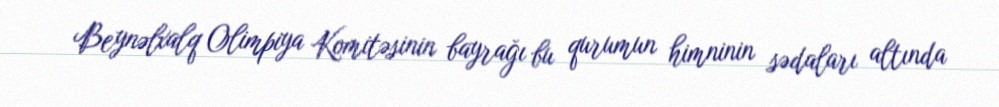
Beynəlxalq Olimpiya Komitəsinin bayrağı bu qurumun himninin sədaları altında